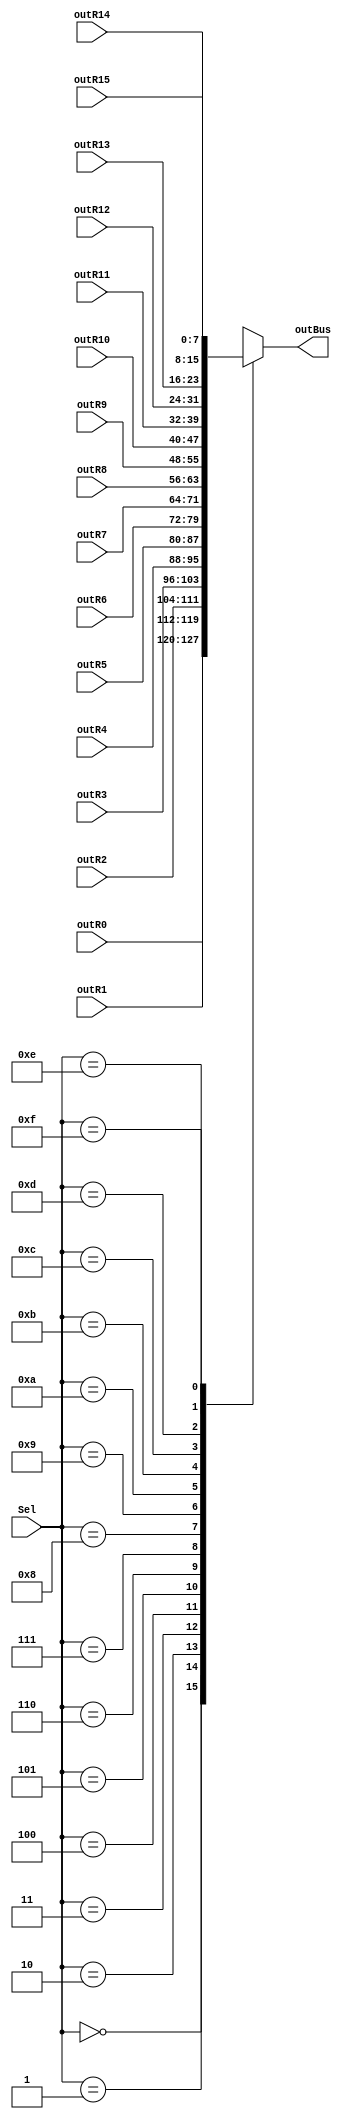
module mux16to1( input [7:0] outR0,outR1,outR2,outR3,outR4,outR5,outR6,outR7,outR8,outR9,outR10,outR11,outR12,outR13,outR14,outR15, input [3:0] Sel, output reg [7:0] outBus );
	always@(outR0 or outR1 or outR2 or outR3 or outR4 or outR5 or outR6 or outR7 or outR8 or outR9 or outR10 or outR11 or outR12 or outR13 or outR14 or outR15 or Sel)
	case (Sel)
				4'b0000: outBus=outR0;
				4'b0001: outBus=outR1;
				4'b0010: outBus=outR2;
				4'b0011: outBus=outR3;
				4'b0100: outBus=outR4;
				4'b0101: outBus=outR5;
				4'b0110: outBus=outR6;
				4'b0111: outBus=outR7;
				4'b1000: outBus=outR8;
				4'b1001: outBus=outR9;
				4'b1010: outBus=outR10;
				4'b1011: outBus=outR11;
				4'b1100: outBus=outR12;
				4'b1101: outBus=outR13;
				4'b1110: outBus=outR14;
				4'b1111: outBus=outR15;
	endcase
endmodule